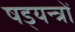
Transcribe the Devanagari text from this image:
षड्‍यन्त्रों